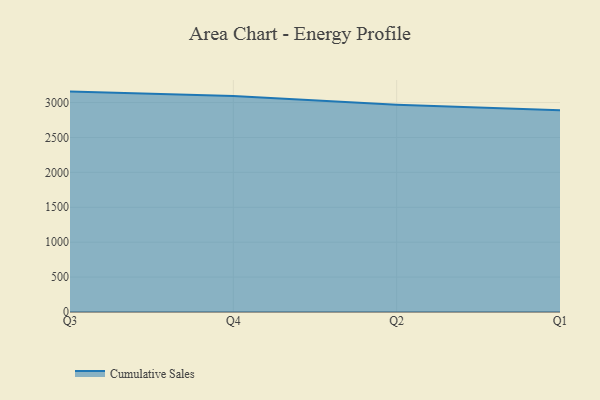
{"axis": {"x": "Quarter", "y": "Inventory Turnover"}, "legend": ["Cumulative Sales"], "data": [{"x": "Q3", "y": 3157.0, "type": "Cumulative Sales"}, {"x": "Q4", "y": 3094.9, "type": "Cumulative Sales"}, {"x": "Q2", "y": 2970.0, "type": "Cumulative Sales"}, {"x": "Q1", "y": 2888.4, "type": "Cumulative Sales"}]}